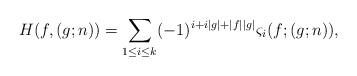
LaTeX: \begin{align*} H(f, (g;n))= \sum_{1\leq i\leq k} (-1)^{i+i|g|+|f||g|} \varsigma_i(f;(g;n)),\end{align*}